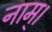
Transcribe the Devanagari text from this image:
नाम्।